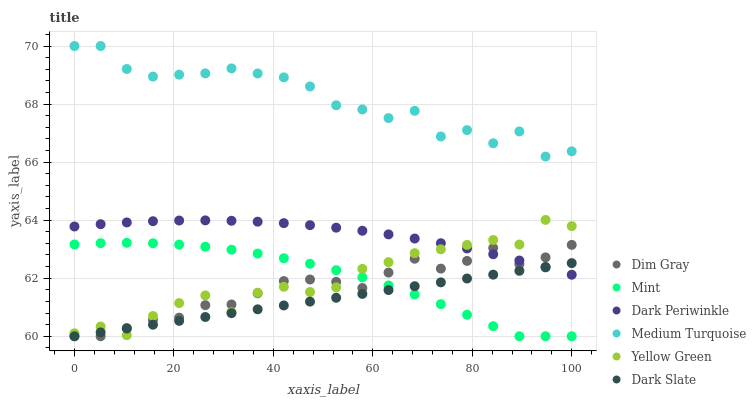
| xaxis_label | Dim Gray | Mint | Dark Periwinkle | Medium Turquoise | Yellow Green | Dark Slate |
 | --- | --- | --- | --- | --- | --- | --- |
 | 0 | 60 | 63.2 | 63.8 | 70 | 60.1 | 60 |
 | 5.26 | 60 | 63.2 | 63.9 | 70 | 60.3 | 60.1 |
 | 10.5 | 60.3 | 63.2 | 63.9 | 69.2 | 60 | 60.3 |
 | 15.8 | 60.6 | 63.2 | 64 | 68.9 | 60.7 | 60.4 |
 | 21.1 | 60.6 | 63.2 | 64 | 69 | 61.1 | 60.5 |
 | 26.3 | 61.1 | 63.1 | 64 | 69.1 | 61.4 | 60.7 |
 | 31.6 | 61.1 | 63 | 64 | 69.2 | 60.8 | 60.8 |
 | 36.8 | 61.5 | 62.8 | 63.9 | 69.1 | 61.5 | 60.9 |
 | 42.1 | 61.9 | 62.7 | 63.9 | 68.9 | 61.7 | 61.1 |
 | 47.4 | 62 | 62.5 | 63.8 | 68.6 | 61.5 | 61.2 |
 | 52.6 | 61.9 | 62.3 | 63.7 | 68 | 61.7 | 61.3 |
 | 57.9 | 61.7 | 62 | 63.6 | 67.8 | 62.3 | 61.5 |
 | 63.2 | 62.2 | 61.8 | 63.5 | 67.5 | 62.6 | 61.6 |
 | 68.4 | 62.7 | 61.4 | 63.4 | 67.8 | 62.9 | 61.7 |
 | 73.7 | 62.3 | 61.1 | 63.2 | 66.9 | 63 | 61.9 |
 | 78.9 | 62.6 | 60.7 | 63 | 67.1 | 63.1 | 62 |
 | 84.2 | 63 | 60.3 | 62.8 | 66.6 | 63.3 | 62.1 |
 | 89.5 | 62.5 | 60 | 62.6 | 67.1 | 63.2 | 62.3 |
 | 94.7 | 62.7 | 60 | 62.4 | 66.2 | 64 | 62.4 |
 | 100 | 63.1 | 60 | 62.1 | 66.4 | 63.8 | 62.5 |